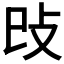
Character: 𢻰